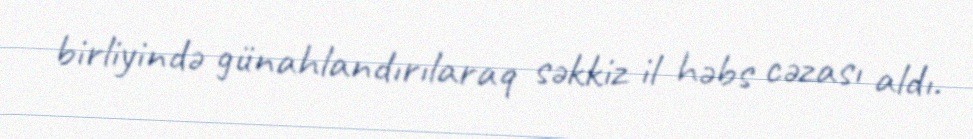
birliyində günahlandırılaraq səkkiz il həbs cəzası aldı.